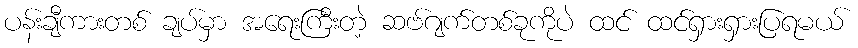
ပန်းချီကားတစ် ချပ်မှာ အရေးကြီးတဲ့ ဆဗ်ဂျက်တစ်ခုကိုပဲ ထင် ထင်ရှားရှားပြရမယ်